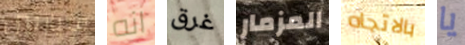
سيارتين انه غرق المزمار بالاتجاه يا